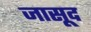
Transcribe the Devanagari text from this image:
जासूद